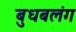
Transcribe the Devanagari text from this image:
बुधबलंग